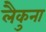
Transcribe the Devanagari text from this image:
लैकुना